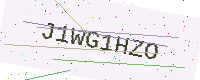
Text: J1WG1HZO